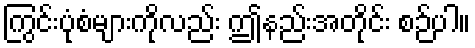
ကြွင်းပုံစံများကိုလည်း ဤနည်းအတိုင်း စဉ်ပါ။